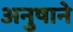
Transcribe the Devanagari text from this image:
अनुषाने